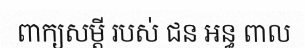
ពាក្យសម្តី របស់ ជន អន្ធ ពាល